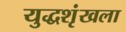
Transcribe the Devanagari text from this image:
युद्धशृंखला